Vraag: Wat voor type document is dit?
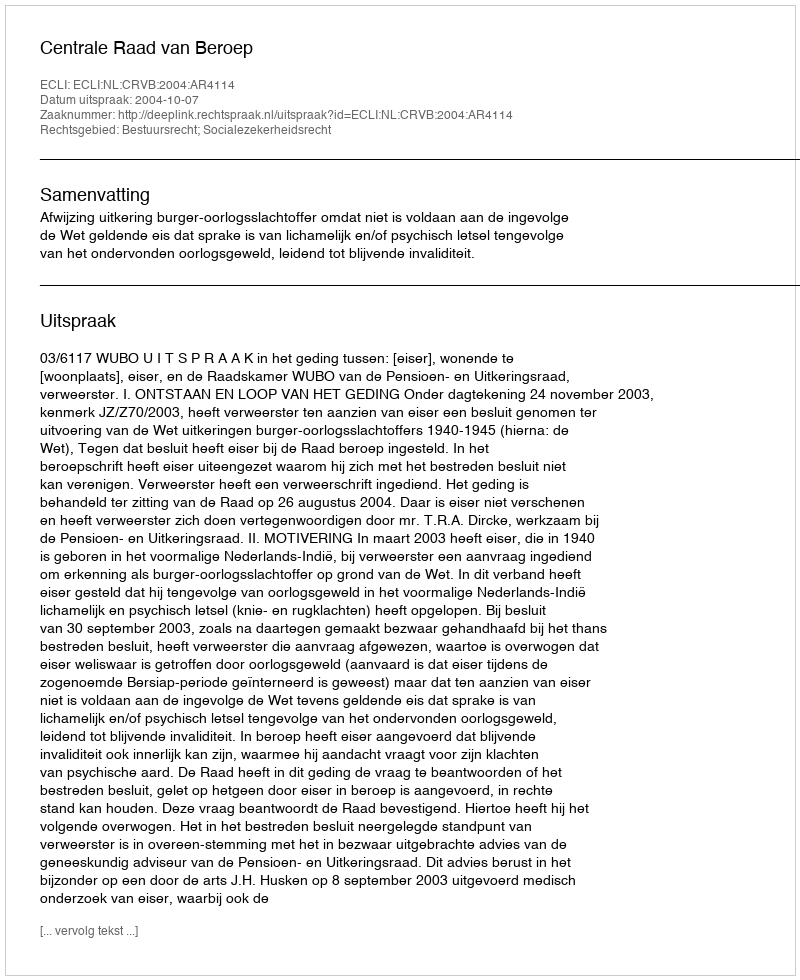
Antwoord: Uitspraak